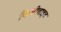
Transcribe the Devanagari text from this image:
किबीबाइट